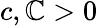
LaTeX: c,\mathbb{C}>0